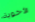
الأخوية